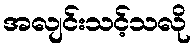
အလျင်းသင့်သလို